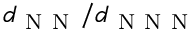
d _ { \mathrm { ~ N ~ N ~ } } / d _ { \mathrm { ~ N ~ N ~ N ~ } }